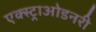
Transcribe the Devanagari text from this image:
एक्स्ट्राओडनरी